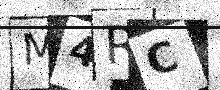
Text: M4RC